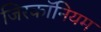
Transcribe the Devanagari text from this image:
जिरकॉनियम